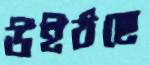
উইঠছে